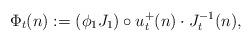
LaTeX: \begin{align*} \Phi_t(n):= (\phi_1J_1)\circ u^+_t (n)\cdot J_t^{-1}(n), \end{align*}